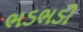
ભડભડી